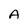
Character: A